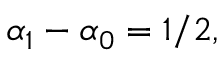
\alpha _ { 1 } - \alpha _ { 0 } = 1 / 2 ,